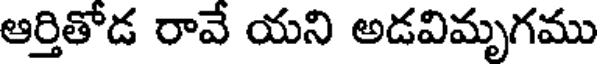
ఆర్తితోడ రావే యని అడవిమృగము